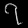
Digit: ၇